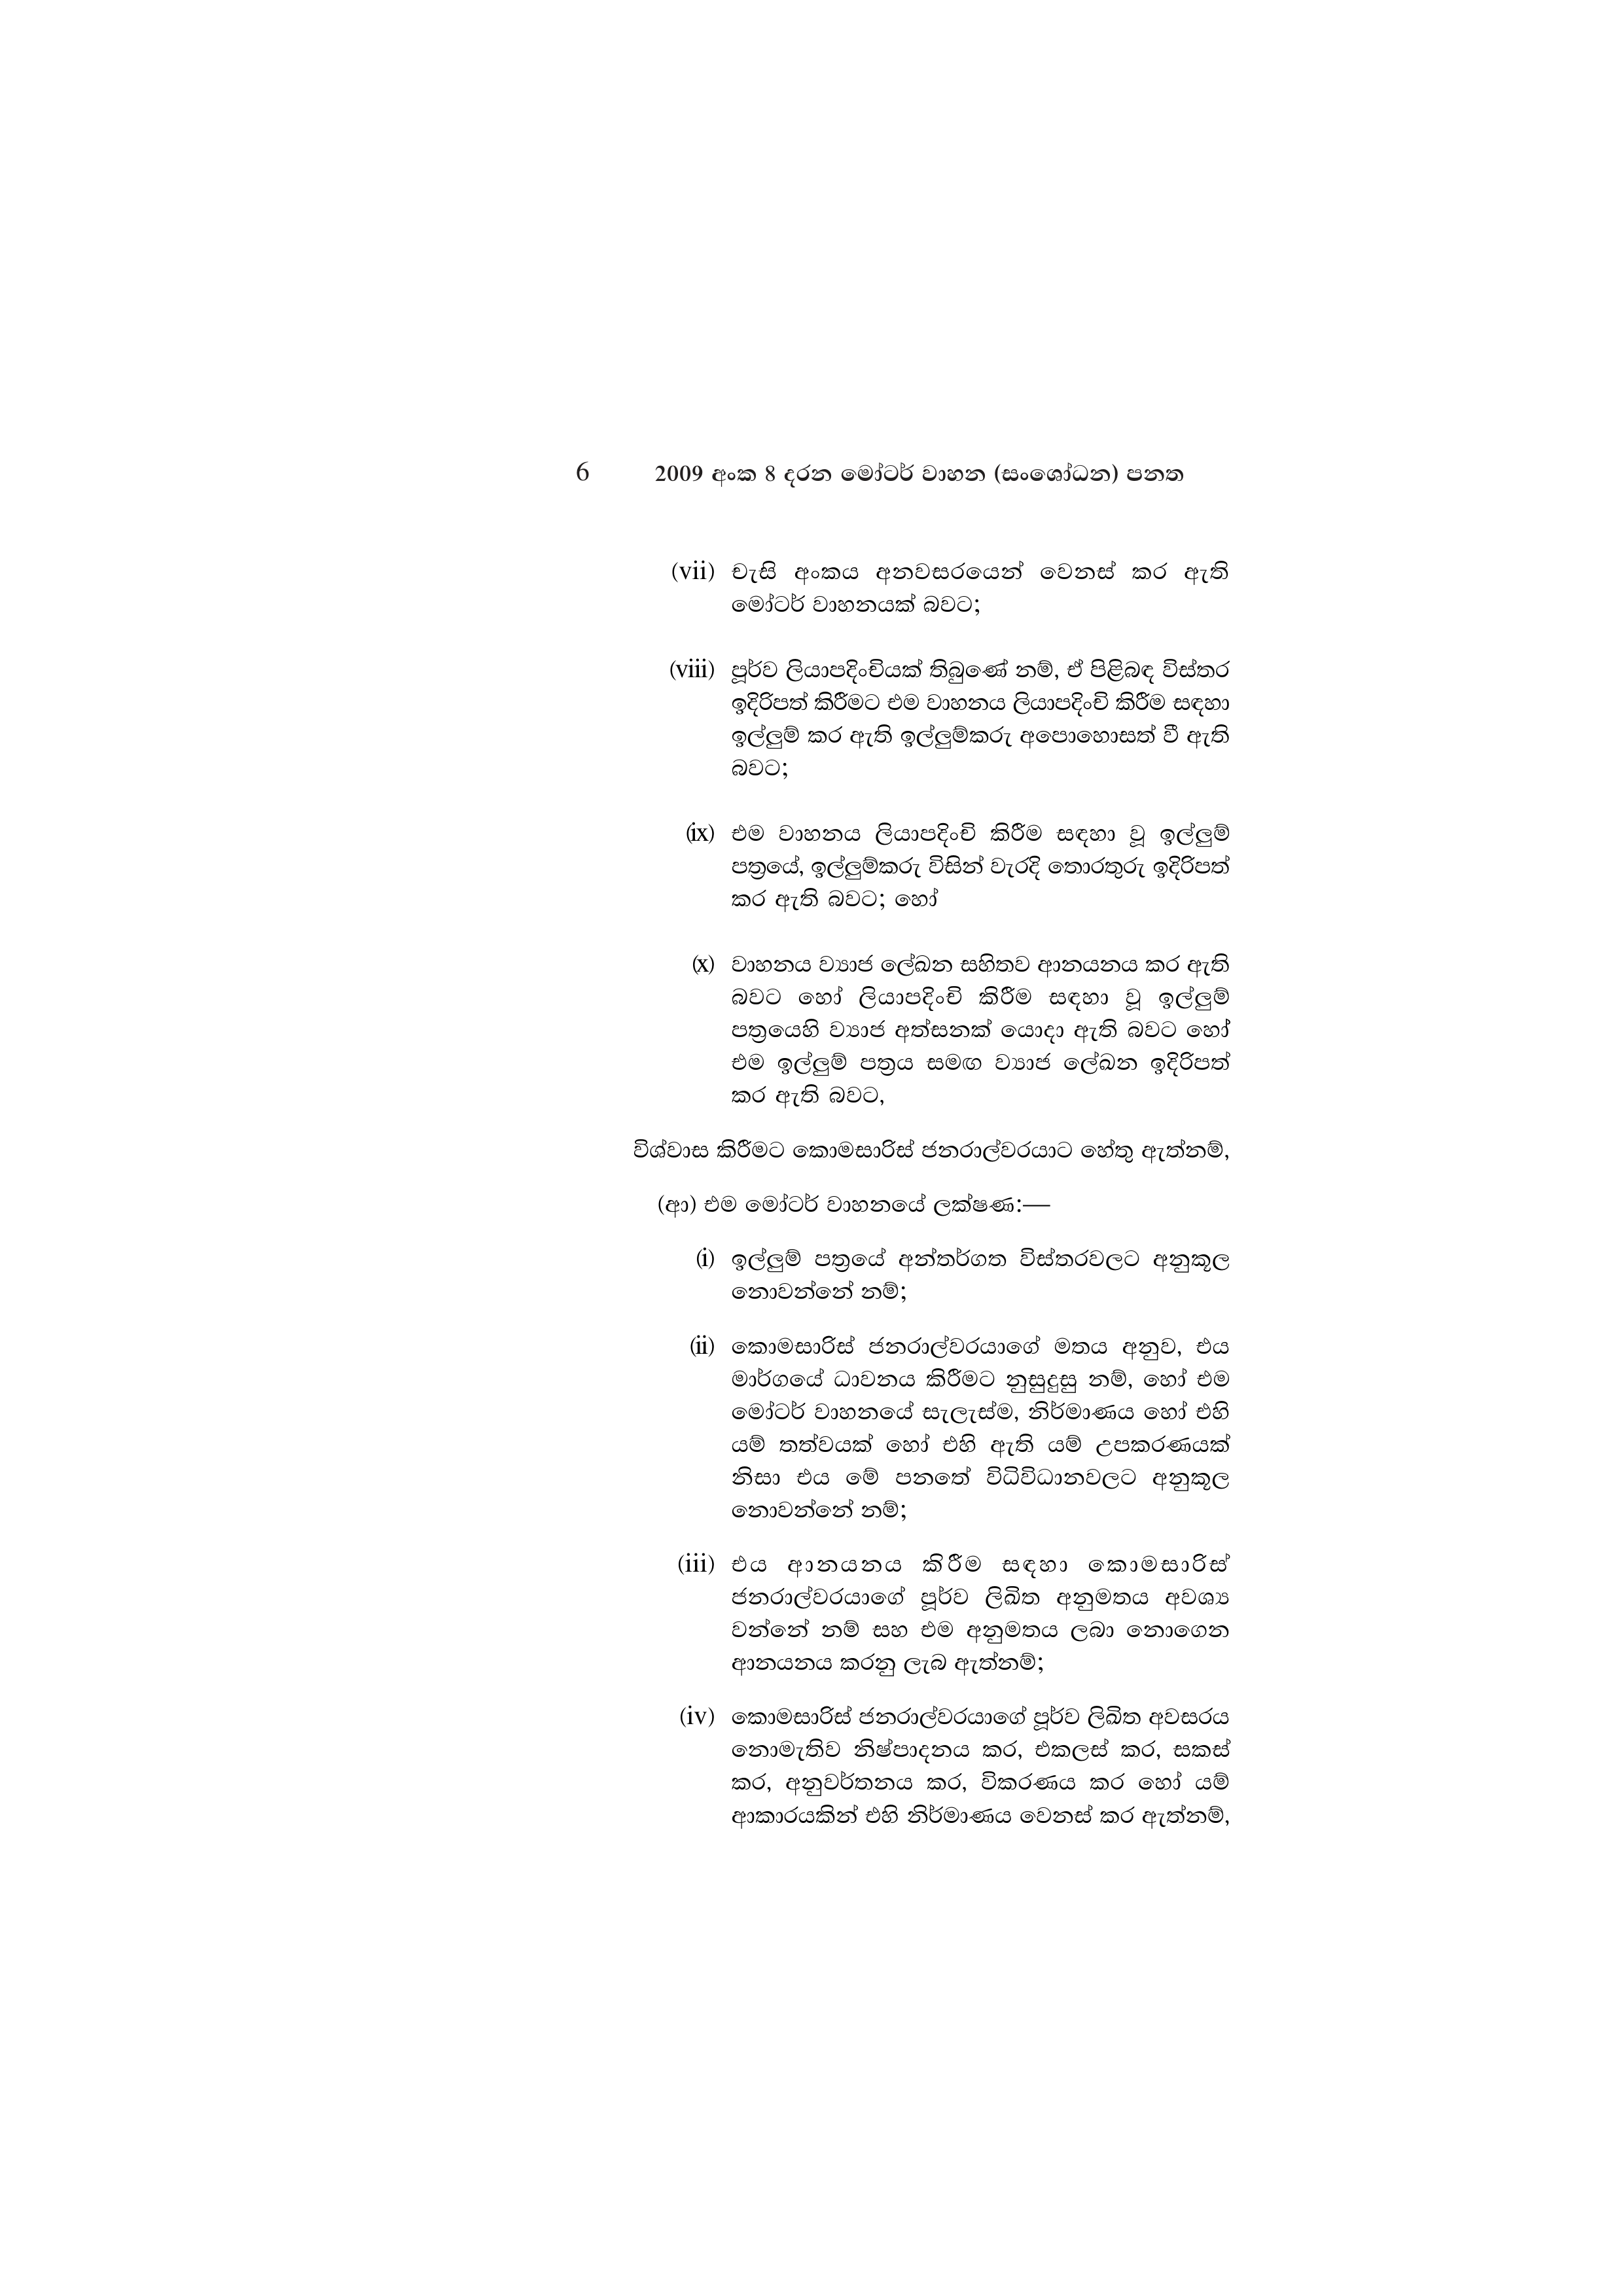
6 2009 අංක 8 දරන මෝටර් වාහන (සංශෝධන) පනත

(vii) චැසි අංකය අනවසරයෙන් වෙනස් කර ඇති
මෝටර් වාහනයක් බවට;

(viii) පූර්ව ලියාපදිංචියක් තිබුණේ නම්, ඒ පිළිබඳ විස්තර
ඉදිරිපත් කිරීමට එම වාහනය ලියාපදිංචි කිරීම සඳහා
ඉල්ලුම් කර ඇති ඉල්ලුම්කරු අපොහොසත් වී ඇති
බවට;

(ix) එම වාහනය ලියාපදිංචි කිරීම සඳහා වූ ඉල්ලුම්
පත්‍රයේ, ඉල්ලුම්කරු විසින් වැරදි තොරතුරු ඉදිරිපත්
කර ඇති බවට; හෝ

(x) වාහනය ව්‍යාජ ලේඛන සහිතව ආනයනය කර ඇති
බවට හෝ ලියාපදිංචි කිරීම සඳහා වූ ඉල්ලුම්
පත්‍රයෙහි ව්‍යාජ අත්සනක් යොදා ඇති බවට හෝ
එම ඉල්ලුම් පත්‍රය සමඟ ව්‍යාජ ලේඛන ඉදිරිපත්
කර ඇති බවට,

විශ්වාස කිරීමට කොමසාරිස් ජනරාල්වරයාට හේතු ඇත්නම්,

(ආ) එම මෝටර් වාහනයේ ලක්ෂණ:—

(i) ඉල්ලුම් පත්‍රයේ අන්තර්ගත විස්තරවලට අනුකූල
නොවන්නේ නම්;

(ii) කොමසාරිස් ජනරාල්වරයාගේ මතය අනුව, එය
මාර්ගයේ ධාවනය කිරීමට නුසුදුසු නම්, හෝ එම
මෝටර් වාහනයේ සැලැස්ම, නිර්මාණය හෝ එහි
යම් තත්වයක් හෝ එහි ඇති යම් උපකරණයක්
නිසා එය මේ පනතේ විධිවිධානවලට අනුකූල
නොවන්නේ නම්;

(iii) එය ආනයනය කිරීම සඳහා කොමසාරිස්
ජනරාල්වරයාගේ පූර්ව ලිඛිත අනුමතය අවශ්‍ය
වන්නේ නම් සහ එම අනුමතය ලබා නොගෙන
ආනයනය කරනු ලැබ ඇත්නම්;

(iv) කොමසාරිස් ජනරාල්වරයාගේ පූර්ව ලිඛිත අවසරය
නොමැතිව නිෂ්පාදනය කර, එකලස් කර, සකස්
කර, අනුවර්තනය කර, විකරණය කර හෝ යම්
ආකාරයකින් එහි නිර්මාණය වෙනස් කර ඇත්නම්,